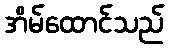
အိမ်ထောင်သည်